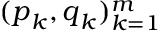
( \boldsymbol { p } _ { k } , \boldsymbol { q } _ { k } ) _ { k = 1 } ^ { m }